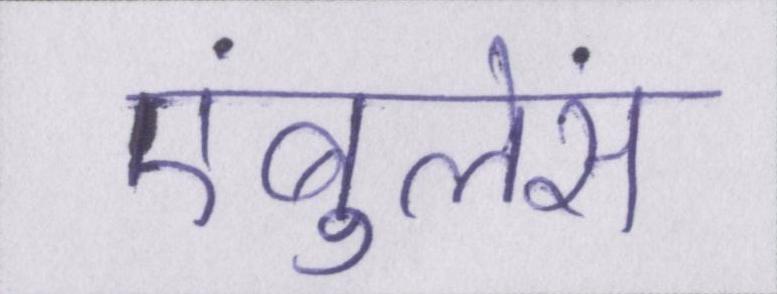
एंबुलेंस